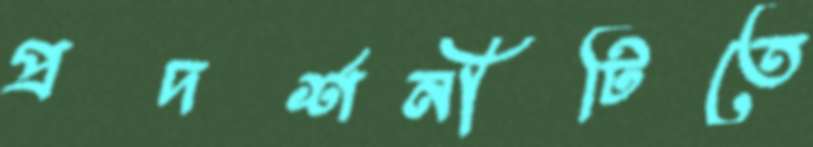
প্রদর্শনীটিতে